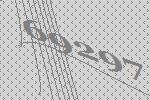
69297